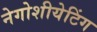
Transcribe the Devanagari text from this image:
नेगोशीयेटिंग